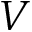
V